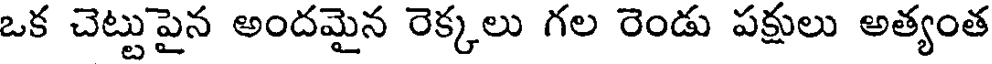
ఒక చెట్టుపైన అందమైన రెక్కలు గల రెండు పక్షులు అత్యంత